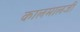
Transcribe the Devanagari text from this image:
कालमालजी